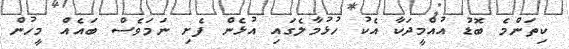
ކިތަންމެ ބޮޑު އުއްމީދަކާ އެކު ހުޅުމާލެގައި އުޅެން ފެށި ނަމަވެސް ބައެއް މީހުން